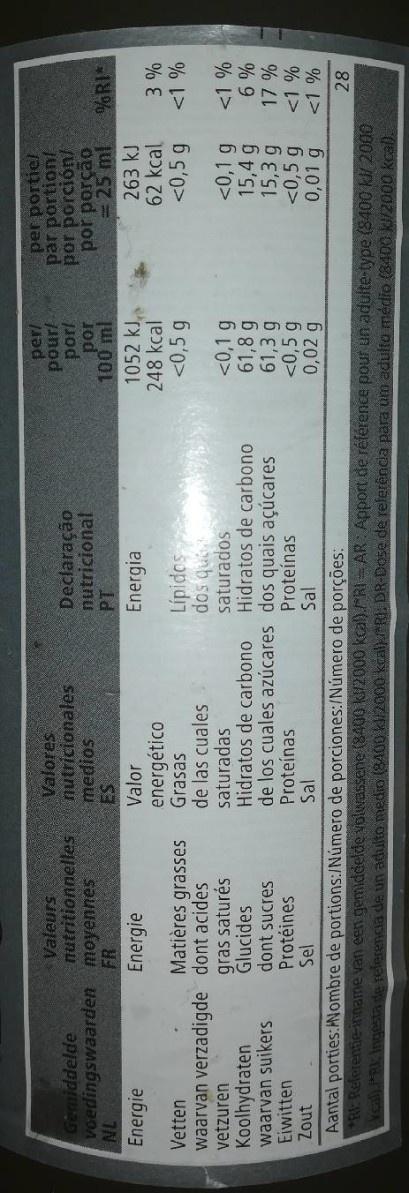
per portiel par portionl por porción/ por porção = 25 ml 263 kJ 62kcal <0,5 g
per/
Valeurs nutritionnelles voedingswaarden moyennes
Valores nutricionales medios
Declaração nutricional
anod
Gemiddelde
jod 100 ml
%RI*
IN Energie
1052 kJ, 248 kcal <0,5 g
Energia
Valor energético Grasas de las cuales saturadas Hidratos de carbono de los cuales azúcares dos quais açúcares Proteínas Sal
Energie
Vetten
Matières grasses
nb sop saturados
sopid
waarvan verzadigde dont acides vetzuren Koolhydraten waarvan suikers Eiwitten
gras saturés Glucides dont sucres Protéines Sel
<0,1 g 61,8 g 61,3 g <0,5 g 0,02 g
<0,1 g 15,4 g 15,3 g <0,5 g 0,01 g
Hidratos de carbono
Proteínas Sal
Zout
<1 %
Aantal porties:ANombre de portions:/Número de porciones:/Número de porções: RI: Referentie-inname van een gemiddelde volwassene (8400 kl/2000 kcal)./*RI AR: Apport de référence pour un adulte-type (8400 kll 2000 vcal) PR Ingesta de referencia de un adulto medio (8400 k/2000 kcal)RI: DR-Dose de referêncda para um adulto médio (8400 K/2000 kcal).
28